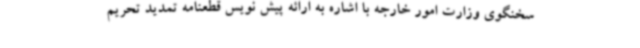
سخنگوی وزارت امور خارجه با اشاره به ارائه پیش نویس قطعنامه تمدید تحریم